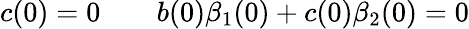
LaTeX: c(0)=0\qquad b(0)\beta_{1}(0)+c(0)\beta_{2}(0)=0